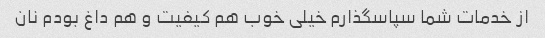
از خدمات شما سپاسگذارم خیلی خوب هم کیفیت و هم داغ بودم نان